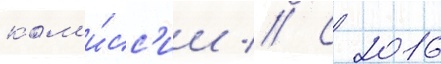
ком'и́сс'ии // С 2016